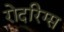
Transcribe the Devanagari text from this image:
रोदरिग्स